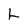
Character: L